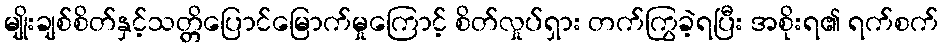
မျိုးချစ်စိတ်နှင့်သတ္တိပြောင်မြောက်မှုကြောင့် စိတ်လှုပ်ရှား တက်ကြွခဲ့ရပြီး အစိုးရ၏ ရက်စက်